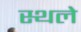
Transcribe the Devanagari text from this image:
स्थले